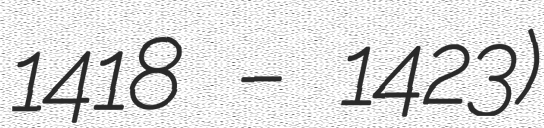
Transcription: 1418 – 1423)